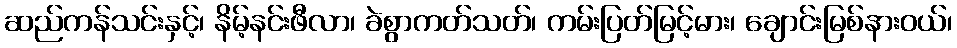
ဆည်ကန်သင်းနှင့်၊ နိမ့်နင်းဖီလာ၊ ခဲစွာကတ်သတ်၊ ကမ်းပြတ်မြင့်မား၊ ချောင်းမြစ်နားဝယ်၊